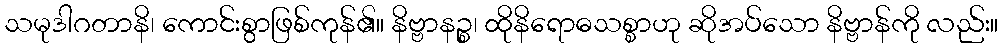
သမုဒါဂတာနိ၊ ကောင်းစွာဖြစ်ကုန်၏။ နိဗ္ဗာနဉ္စ၊ ထိုနိရောဓသစ္စာဟု ဆိုအပ်သော နိဗ္ဗာန်ကို လည်း။